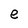
Character: e